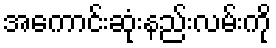
အကောင်းဆုံးနည်းလမ်းကို